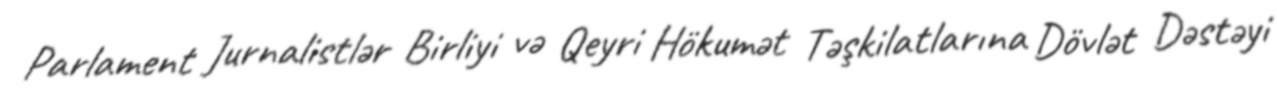
Parlament Jurnalistlər Birliyi və Qeyri Hökumət Təşkilatlarına Dövlət Dəstəyi